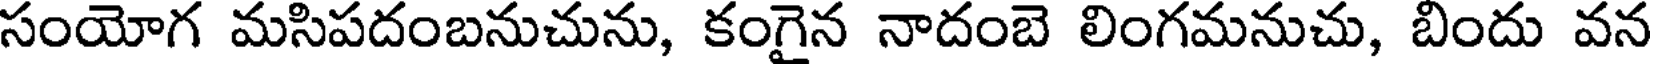
సంయోగ మసిపదంబనుచును, కంగైన నాదంబె లింగమనుచు, బిందు వన